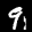
Label: 9